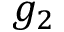
g _ { 2 }